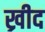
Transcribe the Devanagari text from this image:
ख्रीद